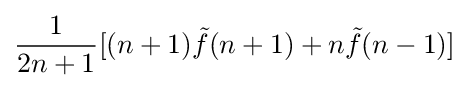
{\frac {1}{2n+1}}[(n+1){\tilde {f}}(n+1)+n{\tilde {f}}(n-1)]